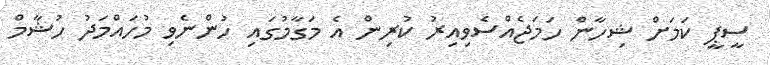
ސީޕީ ކަމަށް ޝިހާން ހަމަޖެއްސެވިއިރު ކުރިން އެ މަގާމުގައި ހުންނެވި މުހައްމަދު ހުޝާމް